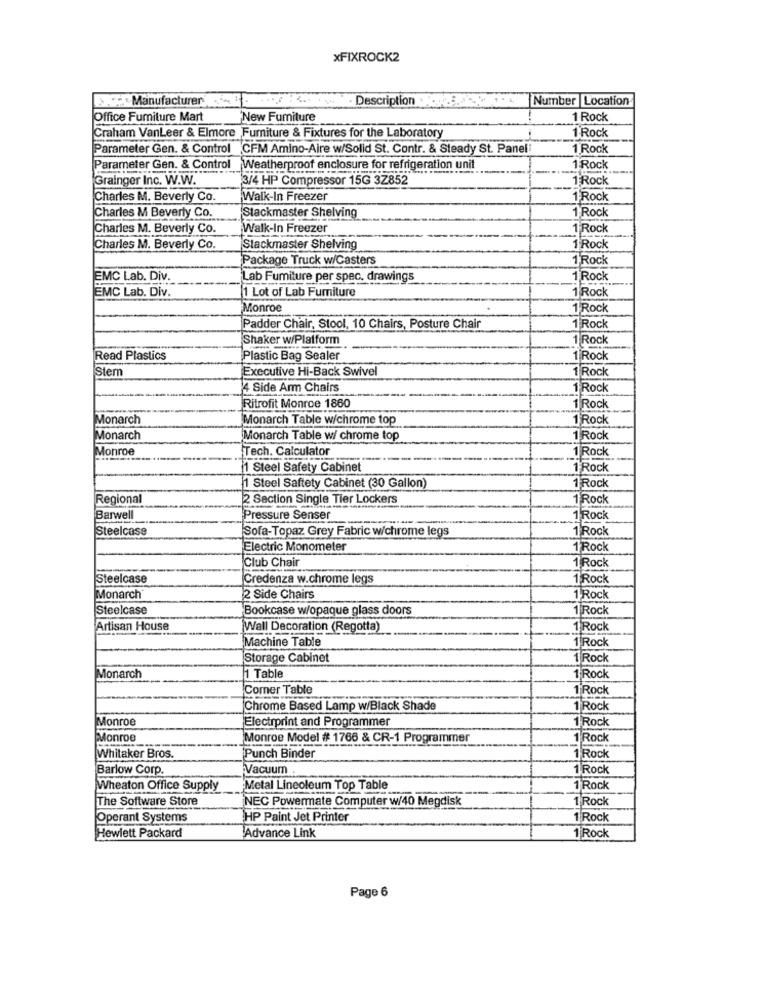
xFIXROCK2
Manufacturer
Description
Number Location
Office Furniture Mart
New Fumiture
1 Rock
1'Rock
Graham VanLeer & Elmore Furniture & Fixtures for the Laboratory
Parameter Gen. & Control CFM Amino-Aire w/Solid St. Contr. & Steady St. Panel
1 Rock
Parameter Gen. & Control Weatherproof enclosure for refrigeration unit
1 Rock
OCK
Grainger Inc. W.W.
3/4 HP Compressor 15G 3Z852
1 Rock
Charles M. Beverly Co.
Walk-In Freezer
1 Rock
Stackmaster Shelving
1'Rock
Charles M Beverly Co.
Charles M. Beverly Co.
Walk-In Freezer
1 Rock
Charles M. Beverly Co.
Stackmaster Shelving
1 Rock
Package Truck w/Casters
1 Rock
EMC Lab. Div.
Lab Furniture per spec. drawings
1 Rock
EMC Lab. Div.
1 Lot of Lab Fumiture
1 Rock
Monroe
1 Rock
Padder Chair, Stool, 10 Chairs, Posture Chair
1 Rock
Shaker w/Platform
1 Rock
Read Plastics
Plastic Bag Sealer
1 Rock
Stem
Executive Hi-Back Swivel
1 Rock
4 Side Arm Chairs
1 Rock
Ritrofit Monroe 1860
1 Rock
Monarch
Monarch Table w/chrome top
1'Rock
Monarch
Monarch Table w/ chrome top
1 Rock
Monroe
Tech. Calculator
1 Rock
1 Steel Safety Cabinet
1 Rock
1 Steel Saftety Cabinet (30 Gallon)
1 Rock
Regional
2 Section Single Tier Lockers
1 Rock
Barwell
Pressure Senser
1 Rock
Steelcase
Sofa-Topaz Grey Fabric w/chrome legs
1 Rock
Electric Monometer
1'Rock
Club Chair
1 Rock
Steelcase
Credenza w.chrome legs
1 Rock
Monarch
2 Side Chairs
1 Rock
Steelcase
Bookcase w/opaque glass doors
1 Rock
Artisan House
Wall Decoration (Regotta)
1 Rock
Machine Table
1 Rock
Storage Cabinet
1 Rock
Monarch
1 Table
1 Rock
Comer Table
1 Rock
Chrome Based Lamp w/Black Shade
1 Rock
Monroe
Electrprint and Programmer
1 Rock
Monroe
Monroe Model # 1766 & CR-1 Programmer
1 Rock
Whitaker Bros.
Punch Binder
1 Rock
Barlow Corp.
Vacuum
1 Rock
Wheaton Office Supply
Metal Lineoleum Top Table
1 Rock
The Software Store
NEC Powermate Computer w/40 Megdisk
1 Rock
Operant Systems
HP Paint Jet Printer
1 Rock
1 Rock
Hewlett Packard
Advance Link
Page 6